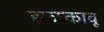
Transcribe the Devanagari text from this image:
झळकावू